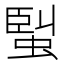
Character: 𧌟